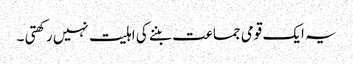
یہ ایک قومی جماعت بننے کی اہلیت نہیں رکھتی ۔